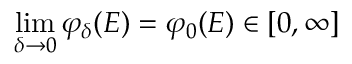
\operatorname* { l i m } _ { \delta \rightarrow 0 } \varphi _ { \delta } ( E ) = \varphi _ { 0 } ( E ) \in [ 0 , \infty ]